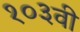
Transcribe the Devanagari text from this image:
१०३वी